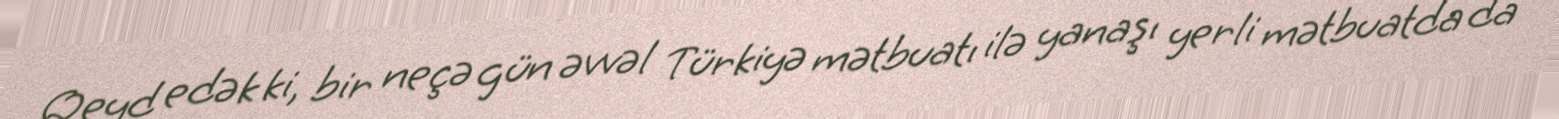
Qeyd edək ki, bir neçə gün əvvəl Türkiyə mətbuatı ilə yanaşı yerli mətbuatda da